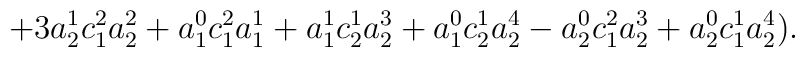
+3a_{2}^{1}c_{1}^{2}a_{2}^{2}+a_{1}^{0}c_{1}^{2}a_{1}^{1}+a_{1}^{1}c_{2}^{1}a_{2}^{3}+a_{1}^{0}c_{2}^{1}a_{2}^{4}-a_{2}^{0}c_{1}^{2}a_{2}^{3}+a_{2}^{0}c_{1}^{1}a_{2}^{4}).